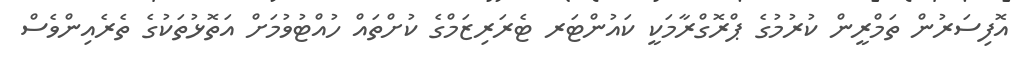
އޮފިސަރުން ތަމްރީން ކުރުމުގެ ޕްރޮގްރާމަކީ ކައުންޓަރ ޓެރަރިޒަމްގެ ކުށްތައް ހުއްޓުވުމަށް އަތޮޅުތަކުގެ ތެރެއިންވެސް